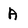
Character: A